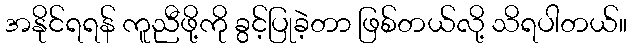
အနိုင်ရရန် ကူညီဖို့ကို ခွင့်ပြုခဲ့တာ ဖြစ်တယ်လို့ သိရပါတယ်။